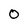
Character: 0